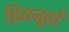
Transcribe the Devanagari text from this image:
हिमजूतों